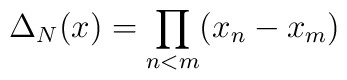
\Delta_N(x) = \prod_{n<m}(x_n-x_m)